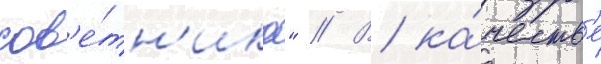
сов'е́тн'ика" // В ка́честв'е